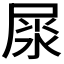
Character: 𡲘